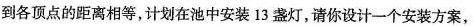
到各顶点的距离相等，计划在池中安装13盏灯，请你设计一个安装方案，